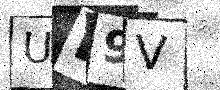
Text: UL9V